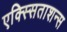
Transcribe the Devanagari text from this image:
एक्स्सिताशन्स